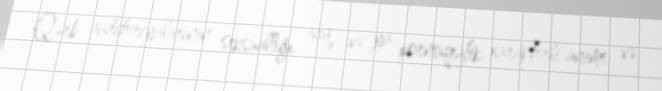
Qərb auditoriyalarının seksuallığı açıq və ya pornoqrafik xarakterli anime və